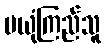
မယုံကြည်သူ